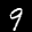
Label: 9